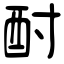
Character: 酎